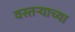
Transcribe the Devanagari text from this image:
वस्तऱ्याच्या